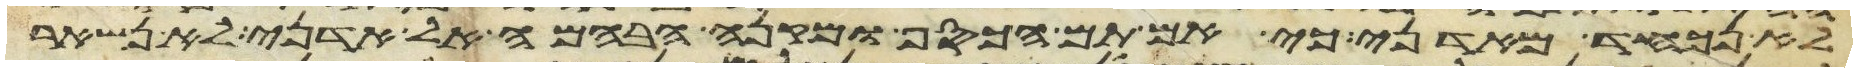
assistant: לא נכחד מאדני כי אם תם הכסף ומקנה הבהמה אל אדני לא נשאר